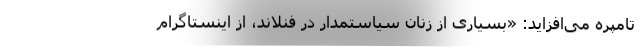
تامپره می‌افزاید: «بسیاری از زنان سیاستمدار در فنلاند، از اینستاگرام